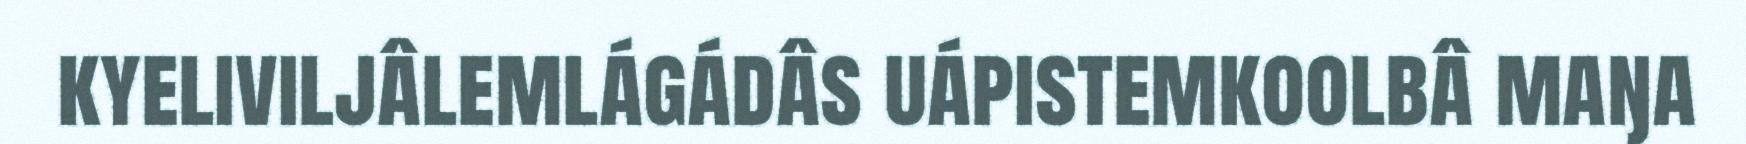
kyeliviljâlemlágádâs uápistemkoolbâ maŋa